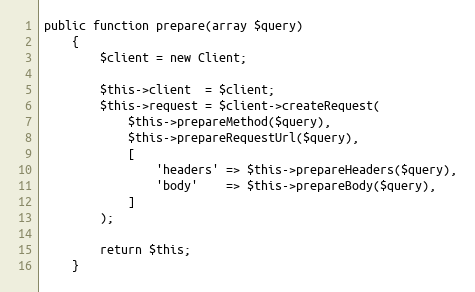
Language: PHP
public function prepare(array $query)
    {
        $client = new Client;

        $this->client  = $client;
        $this->request = $client->createRequest(
            $this->prepareMethod($query),
            $this->prepareRequestUrl($query),
            [
                'headers' => $this->prepareHeaders($query),
                'body'    => $this->prepareBody($query),
            ]
        );

        return $this;
    }